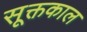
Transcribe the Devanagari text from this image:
सूक्तकाल